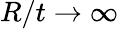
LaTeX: R/t\rightarrow\infty